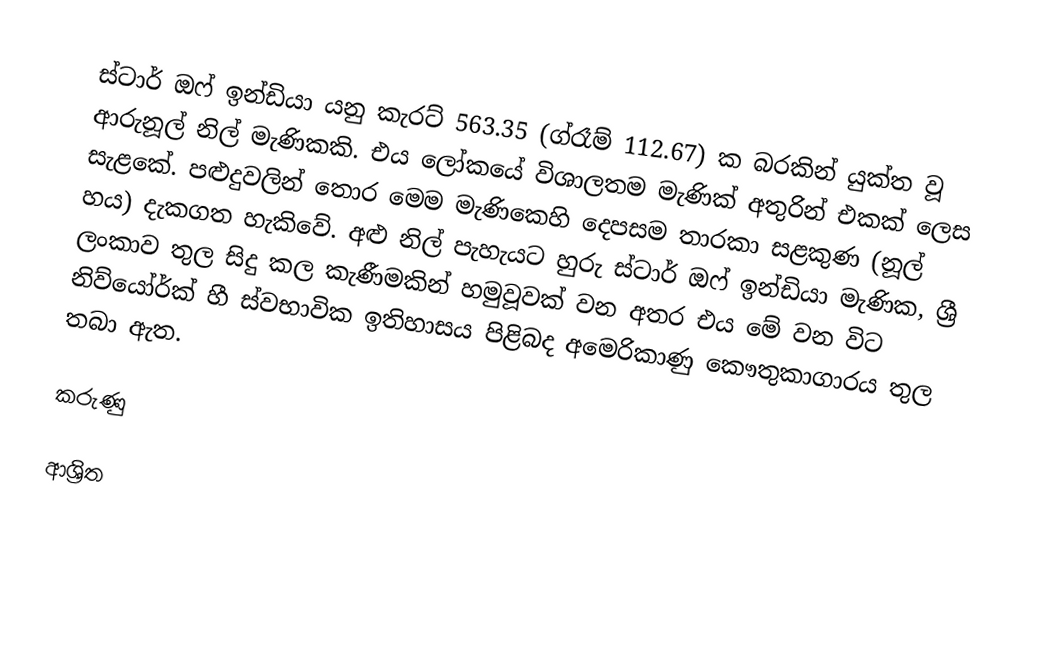
ස්ටාර් ඔෆ් ඉන්ඩියා යනු කැරට් 563.35 (ග්රෑම් 112.67) ක බරකින් යුක්ත වූ ආරුනූල් නිල් මැණිකකි. එය ලෝකයේ විශාලතම මැණික් අතුරින් එකක් ලෙස සැළකේ. පළුදුවලින් තොර මෙම මැණිකෙහි දෙපසම තාරකා සළකුණ (නූල් හය) දැකගත හැකිවේ. අළු නිල් පැහැයට හුරු ස්ටාර් ඔෆ් ඉන්ඩියා මැණික, ශ්‍රී ලංකාව තුල සිදු කල කැණීමකින් හමුවූවක් වන අතර එය මේ වන විට නිව්යෝර්ක් හී ස්වභාවික ඉතිහාසය පිළිබද අමෙරිකාණු කෞතුකාගාරය තුල තබා ඇත.

කරුණු

ආශ්‍රිත